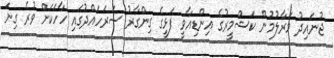
ޖުނައިދު މަރާލުމުން ކަޝްމީރުގެ އިންޑިއާވީ ފަޅީގެ ގިންގާރު ސަރަހައްދުގައި ހާހަކަށް ވުރެ ގިނަ